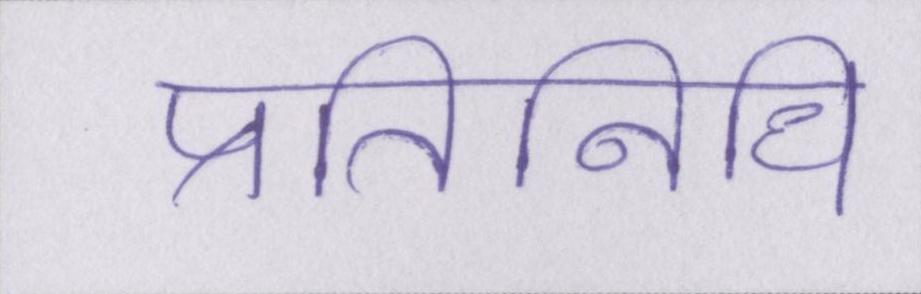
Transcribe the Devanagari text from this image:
प्रतिनिधि